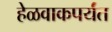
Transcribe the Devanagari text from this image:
हेळवाकपर्यंत